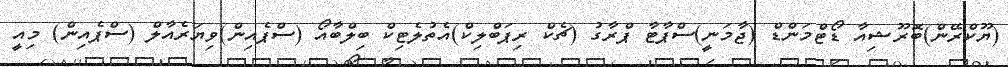
(ޔޫކްރޭން)ބޮރޫޝިއާ ޑޯޓްމަންޑް (ޖާމަނީ)ސްޕާޓާ ޕްރާގު (ޗެކް ރިޕަބްލިކް)އެތުލެޓިކް ބިލްބާއޯ (ސްޕެއިން)ވިޔަރެއާލް (ސްޕެއިން) މިއީ